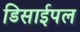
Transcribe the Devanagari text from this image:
डिसाईपल